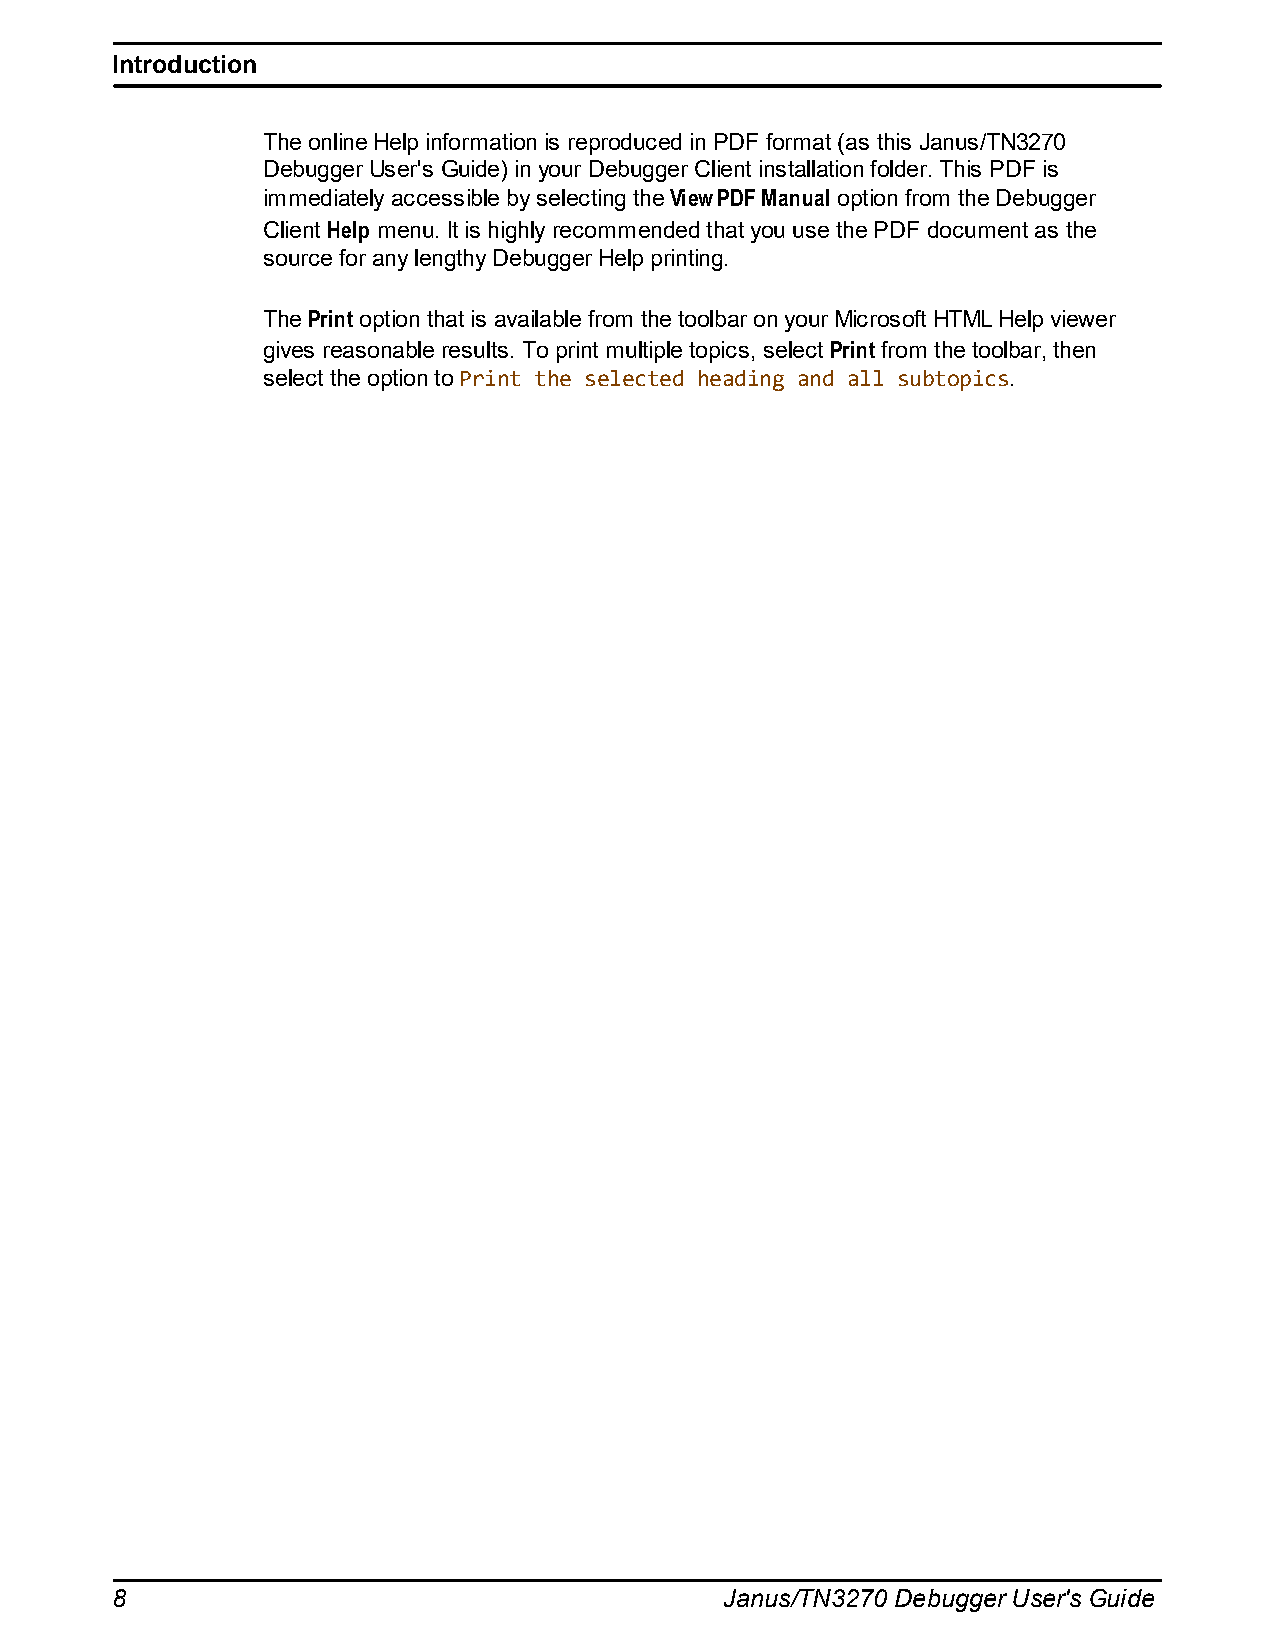
Introduction
 The online Help information is reproduced in PDF format (as this Janus/TN3270
 Debugger User's Guide) in your Debugger Client installation folder. This PDF is
 immediately accessible by selecting the View PDF Manual option from the Debugger
 Client Help menu. It is highly recommended that you use the PDF document as the
 source for any lengthy Debugger Help printing.
 The Print option that is available from the toolbar on your Microsoft HTML Help viewer
 gives reasonable results. To print multiple topics, select Print from the toolbar, then
 select the option to Print the selected heading and all subtopics.
 8                                        Janus/TN3270 Debugger User's Guide